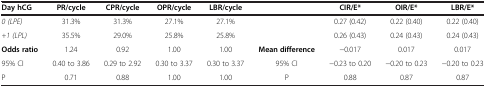
<table><thead><tr><td><b>Day hCG</b></td><td><b>PR/cycle</b></td><td><b>CPR/cycle</b></td><td><b>OPR/cycle</b></td><td><b>LBR/cycle</b></td><td><b> </b></td><td><b>CIR/E*</b></td><td><b>OIR/E*</b></td><td><b>LBR/E*</b></td></tr></thead><tbody><tr><td><i>0 (LPE)</i></td><td>31.3%</td><td>31.3%</td><td>27.1%</td><td>27.1%</td><td> </td><td>0.27 (0.42)</td><td>0.22 (0.40)</td><td>0.22 (0.40)</td></tr><tr><td><i>+1 (LPL)</i></td><td>35.5%</td><td>29.0%</td><td>25.8%</td><td>25.8%</td><td> </td><td>0.26 (0.43)</td><td>0.24 (0.43)</td><td>0.24 (0.43)</td></tr><tr><td><b>Odds ratio</b></td><td>1.24</td><td>0.92</td><td>1.00</td><td>1.00</td><td><b>Mean difference</b></td><td>-0.017</td><td>0.017</td><td>0.017</td></tr><tr><td>95% CI</td><td>0.40 to 3.86</td><td>0.29 to 2.92</td><td>0.30 to 3.37</td><td>0.30 to 3.37</td><td>95% CI</td><td>-0.23 to 0.20</td><td>-0.20 to 0.23</td><td>-0.20 to 0.23</td></tr><tr><td>P</td><td>0.71</td><td>0.88</td><td>1.00</td><td>1.00</td><td>P</td><td>0.88</td><td>0.87</td><td>0.87</td></tr></tbody></table>